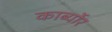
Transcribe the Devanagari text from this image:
कार्ब्योर